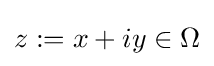
z:=x+iy\in \Omega